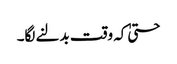
حتیٰ کہ وقت بدلنے لگا۔